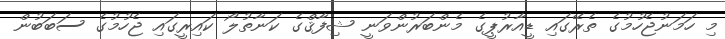
މި ހަމަނުޖެހުމުގެ ތެރޭގައި ޑީއާރުޕީގެ މެންބަރުންވަނީ ޝިފާޤްގެ ކަނާތުލޯ ކައިރީގައި ޖެހުމުގެ ސަބަބުން